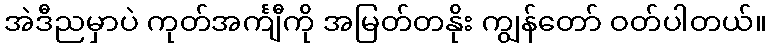
အဲဒီညမှာပဲ ကုတ်အင်္ကျီကို အမြတ်တနိုး ကျွန်တော် ဝတ်ပါတယ်။